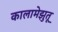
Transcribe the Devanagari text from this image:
कालामेझुतू